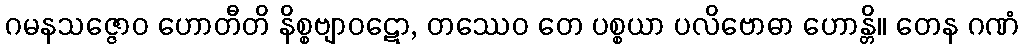
ဂမနသဇ္ဇောဝ ဟောတီတိ နိစ္စဗျာဝဋော, တဿေဝ တေ ပစ္စယာ ပလိဗောဓာ ဟောန္တိ။ တေန ဂဏံ